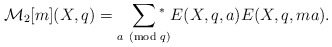
\begin{align*}\mathcal{M}_2[m](X,q)= \sum_{a\!\!\!\pmod q}\!\!\!\!\!{}^{*}\;E(X,q,a)E(X,q,ma).\end{align*}